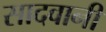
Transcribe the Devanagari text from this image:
सादवानी